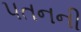
૫તનની